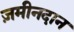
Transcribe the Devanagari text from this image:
ज़मीनदान